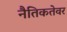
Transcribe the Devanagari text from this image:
नैतिकतेवर